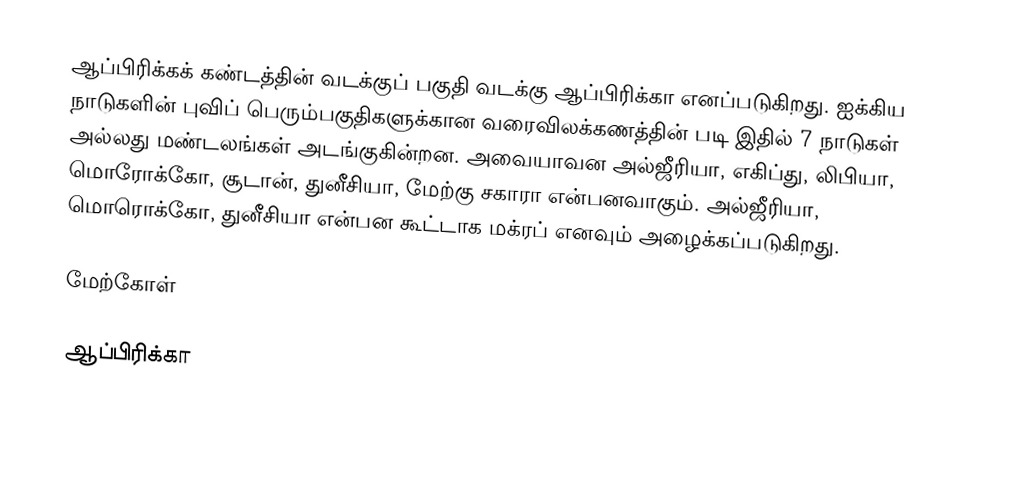
ஆப்பிரிக்கக் கண்டத்தின் வடக்குப் பகுதி வடக்கு ஆப்பிரிக்கா எனப்படுகிறது. ஐக்கிய நாடுகளின் புவிப் பெரும்பகுதிகளுக்கான வரைவிலக்கணத்தின் படி இதில் 7 நாடுகள் அல்லது மண்டலங்கள் அடங்குகின்றன. அவையாவன அல்ஜீரியா, எகிப்து, லிபியா, மொரோக்கோ, சூடான், துனீசியா, மேற்கு சகாரா என்பனவாகும். அல்ஜீரியா, மொரொக்கோ, துனீசியா என்பன கூட்டாக மக்ரப் எனவும் அழைக்கப்படுகிறது.

மேற்கோள்

ஆப்பிரிக்கா